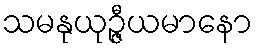
သမနုယုဉ္ဇီယမာနော